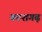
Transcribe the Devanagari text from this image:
काशगढ़